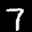
Label: 7